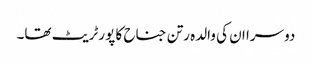
دوسرا ان کی والدہ رتن جناح کا پورٹریٹ تھا۔